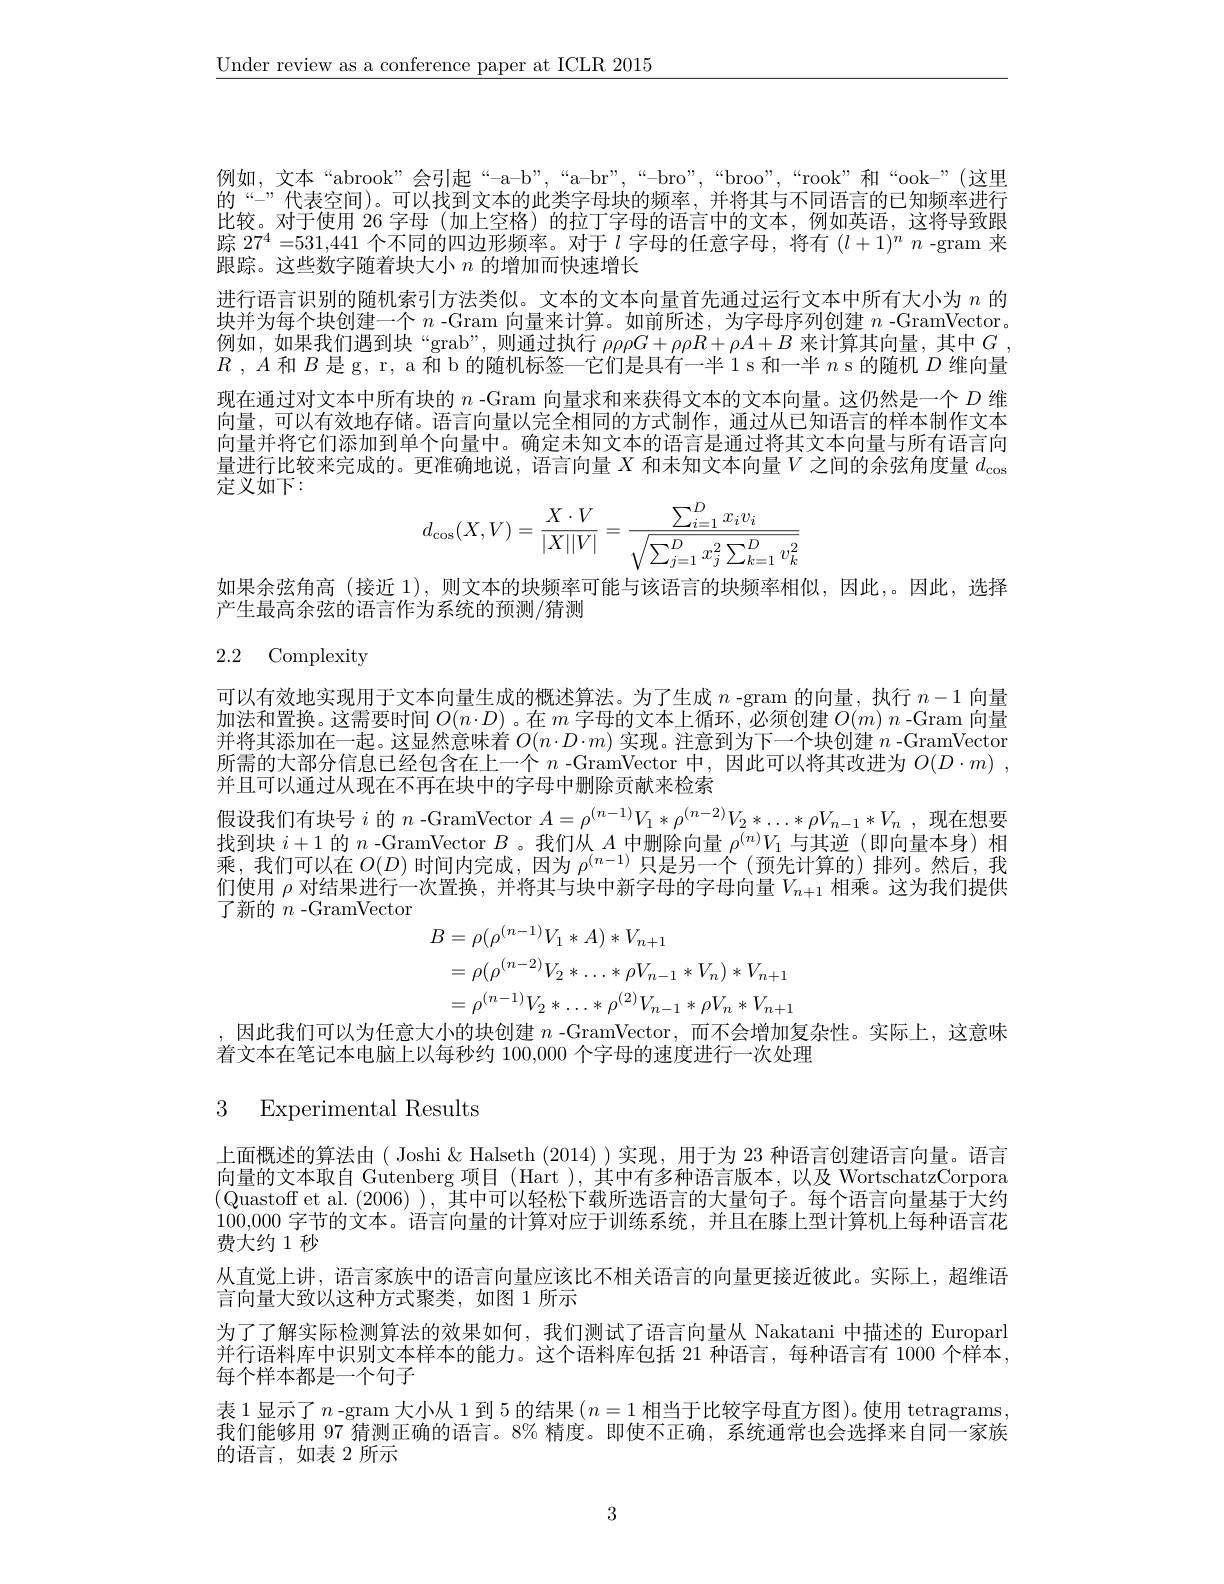
$\underline{\text{Under review as a conference paper at ICLR 2015}}$

例如，文本“abrook”会引起“-a-b”,“a-br”,“-bro”,“broo”,“rook”和“ook-”(这里的“二”代表空间)。可以找到文本的此类字母块的频率，并将其与不同语言的已知频率进行比较。对于使用 26 字母 (加上空格) 的拉丁字母的语言中的文本，例如英语，这将导致跟踪$27^4=531,441$个不同的四边形频率。对于$l$字母的任意字母，将有$(l+1)^n$ -gram 来跟踪。这些数字随着块大小$n$的增加而快速增长
进行语言识别的随机索引方法类似。文本的文本向量首先通过运行文本中所有大小为$n$的块并为每个块创建一个$n$ -Gram 向量来计算。如前所述，为字母序列创建$n$ -GramVector。例如，如果我们遇到块“grab”,则通过执行 $\rho\rho\rho G+\rho\rho R+\rho A+B$ 来计算其向量，其中$G$ $R$ , $A$和$B$是 g, r, a 和 b 的随机标签一它们是具有一半 1 s 和一半$n$ s 的随机$D$维向量现在通过对文本中所有块的$n$ -Gram 向量求和来获得文本的文本向量。这仍然是一个$D$维向量，可以有效地存储。语言向量以完全相同的方式制作，通过从已知语言的样本制作文本向量并将它们添加到单个向量中。确定未知文本的语言是通过将其文本向量与所有语言向量进行比较来完成的。更准确地说，语言向量$X$和未知文本向量$V$之间的余弦角度量$d_\mathrm{cos}$ 定义如下：
$$d_{\cos}(X,V)=\dfrac{X\cdot V}{|X||V|}=\dfrac{\sum_{i=1}^Dx_iv_i}{\sqrt{\sum_{j=1}^Dx_j^2\sum_{k=1}^Dv_k^2}}$$
如果余弦角高(接近 1),则文本的块频率可能与该语言的块频率相似，因此，。因此，选择
产生最高余弦的语言作为系统的预测/猜测

# 2.2 Complexity

可以有效地实现用于文本向量生成的概述算法。为了生成$n$ -gram 的向量，执行$n-1$向量加法和置换。这需要时间$O(n\cdot D)$ 。在$m$字母的文本上循环，必须创建$O(m)$ $n$ -Gram 向量并将其添加在一起。这显然意味着$O(n\cdot D\cdot m)$实现。注意到为下一个块创建$n$ -GramVector 所需的大部分信息已经包含在上一个$n$ -GramVector 中，因此可以将其改进为$O( D\cdot m)$ , 并且可以通过从现在不再在块中的字母中删除贡献来检索

假设我们有块号$i$的$n$ -GramVector $A=\rho^(n-1)V_1*\rho^{(n-2)}V_2*\ldots*\rho V_{n-1}*V_n$ ,现在想要找到块$i+1$的$n$ -GramVector $B$ 。我们从$A$中删除向量$\rho^{(n)}V_1$与其逆 (即向量本身)相乘，我们可以在$O(D)$时间内完成，因为$\rho^(n-1)$只是另一个 (预先计算的)排列。然后，我们使用$\rho$对结果进行一次置换，并将其与块中新字母的字母向量$V_n+1$相乘。这为我们提供了新的$n$ -GramVector
$$\begin{aligned}\text{B}&=\rho(\rho^{(n-1)}V_{1}*A)*V_{n+1}\\&=\rho(\rho^{(n-2)}V_{2}*\ldots*\rho V_{n-1}*V_{n})*V_{n+1}\\&=\rho^{(n-1)}V_{2}*\ldots*\rho^{(2)}V_{n-1}*\rho V_{n}*V_{n+1}\\\end{aligned}$$
,因此我们可以为任意大小的块创建$n$ -GramVector,而不会增加复杂性。实际上，这意味
着文本在笔记本电脑上以每秒约 100,000 个字母的速度进行一次处理

# 3 Experimental Results

上面概述的算法由( Joshi $\&$ Halseth (2014) )实现，用于为 23 种语言创建语言向量。语言向量的文本取自 Gutenberg 项目 (Hart ),其中有多种语言版本，以及 WortschatzCorpora (Quastoff et al.(2006)),其中可以轻松下载所选语言的大量句子。每个语言向量基于大约100,000字节的文本。语言向量的计算对应于训练系统，并且在膝上型计算机上每种语言花费大约1秒
从直觉上讲，语言家族中的语言向量应该比不相关语言的向量更接近彼此。实际上，超维语
言向量大致以这种方式聚类，如图 1 所示
为了了解实际检测算法的效果如何，我们测试了语言向量从 Nakatani 中描述的 Europarl 并行语料库中识别文本样本的能力。这个语料库包括 21 种语言，每种语言有 1000 个样本， 每个样本都是一个句子
表 1 显示了$n$ -gram 大小从 1 到 5 的结果$(n=1$相当于比较字母直方图)。使用 tetragrams, 我们能够用 97 猜测正确的语言。8% 精度。即使不正确，系统通常也会选择来自同一家族的语言，如表 2 所示

3